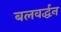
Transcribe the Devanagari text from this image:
बलवर्द्धन